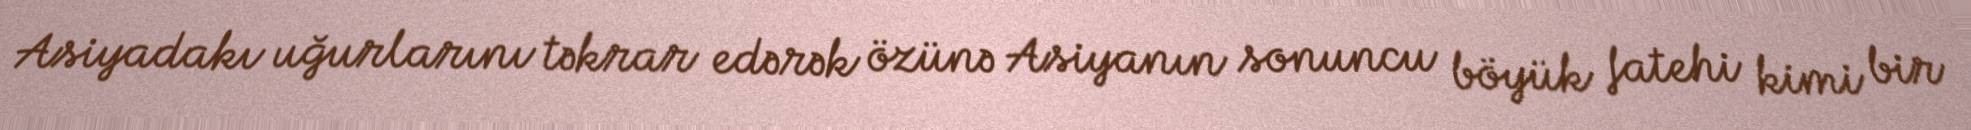
Asiyadakı uğurlarını təkrar edərək özünə Asiyanın sonuncu böyük fatehi kimi bir